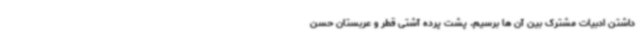
داشتن ادبیات مشترک بین آن ها برسیم. پشت پرده آشتی قطر و عربستان حسن